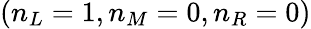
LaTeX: (n_{L}=1,n_{M}=0,n_{R}=0)